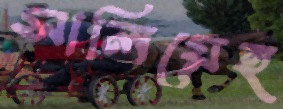
সালিয়েহ